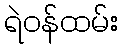
ရဲဝန်ထမ်း